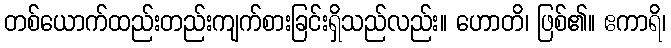
တစ်ယောက်ထည်းတည်းကျက်စားခြင်းရှိသည်လည်း။ ဟောတိ၊ ဖြစ်၏။ ဧကာရိ၊